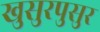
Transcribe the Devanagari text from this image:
खुसुरपुसुर